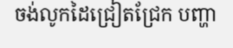
ចង់លូកដៃជ្រៀតជ្រែក បញ្ហា